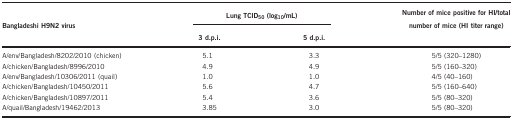
| Bangladeshi H9N2 virus | <COLSPAN=2> Lung TCID50(log10/mL) | Number of mice positive for HI/total number of mice (HI titer range) |
 |  | 3 d.p.i. | 5 d.p.i. |  |
 | --- | --- | --- | --- |
 | A/env/Bangladesh/8202/2010 (chicken) | 5.1 | 3.3 | 5/5 (320–1280) |
 | A/chicken/Bangladesh/8996/2010 | 4.9 | 4.9 | 5/5 (160–320) |
 | A/env/Bangladesh/10306/2011 (quail) | 1.0 | 1.0 | 4/5 (40–160) |
 | A/chicken/Bangladesh/10450/2011 | 5.6 | 4.7 | 5/5 (160–640) |
 | A/chicken/Bangladesh/10897/2011 | 5.4 | 3.6 | 5/5 (80–320) |
 | A/quail/Bangladesh/19462/2013 | 3.85 | 3.0 | 5/5 (80–320) |